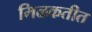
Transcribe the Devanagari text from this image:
मिळकतीत